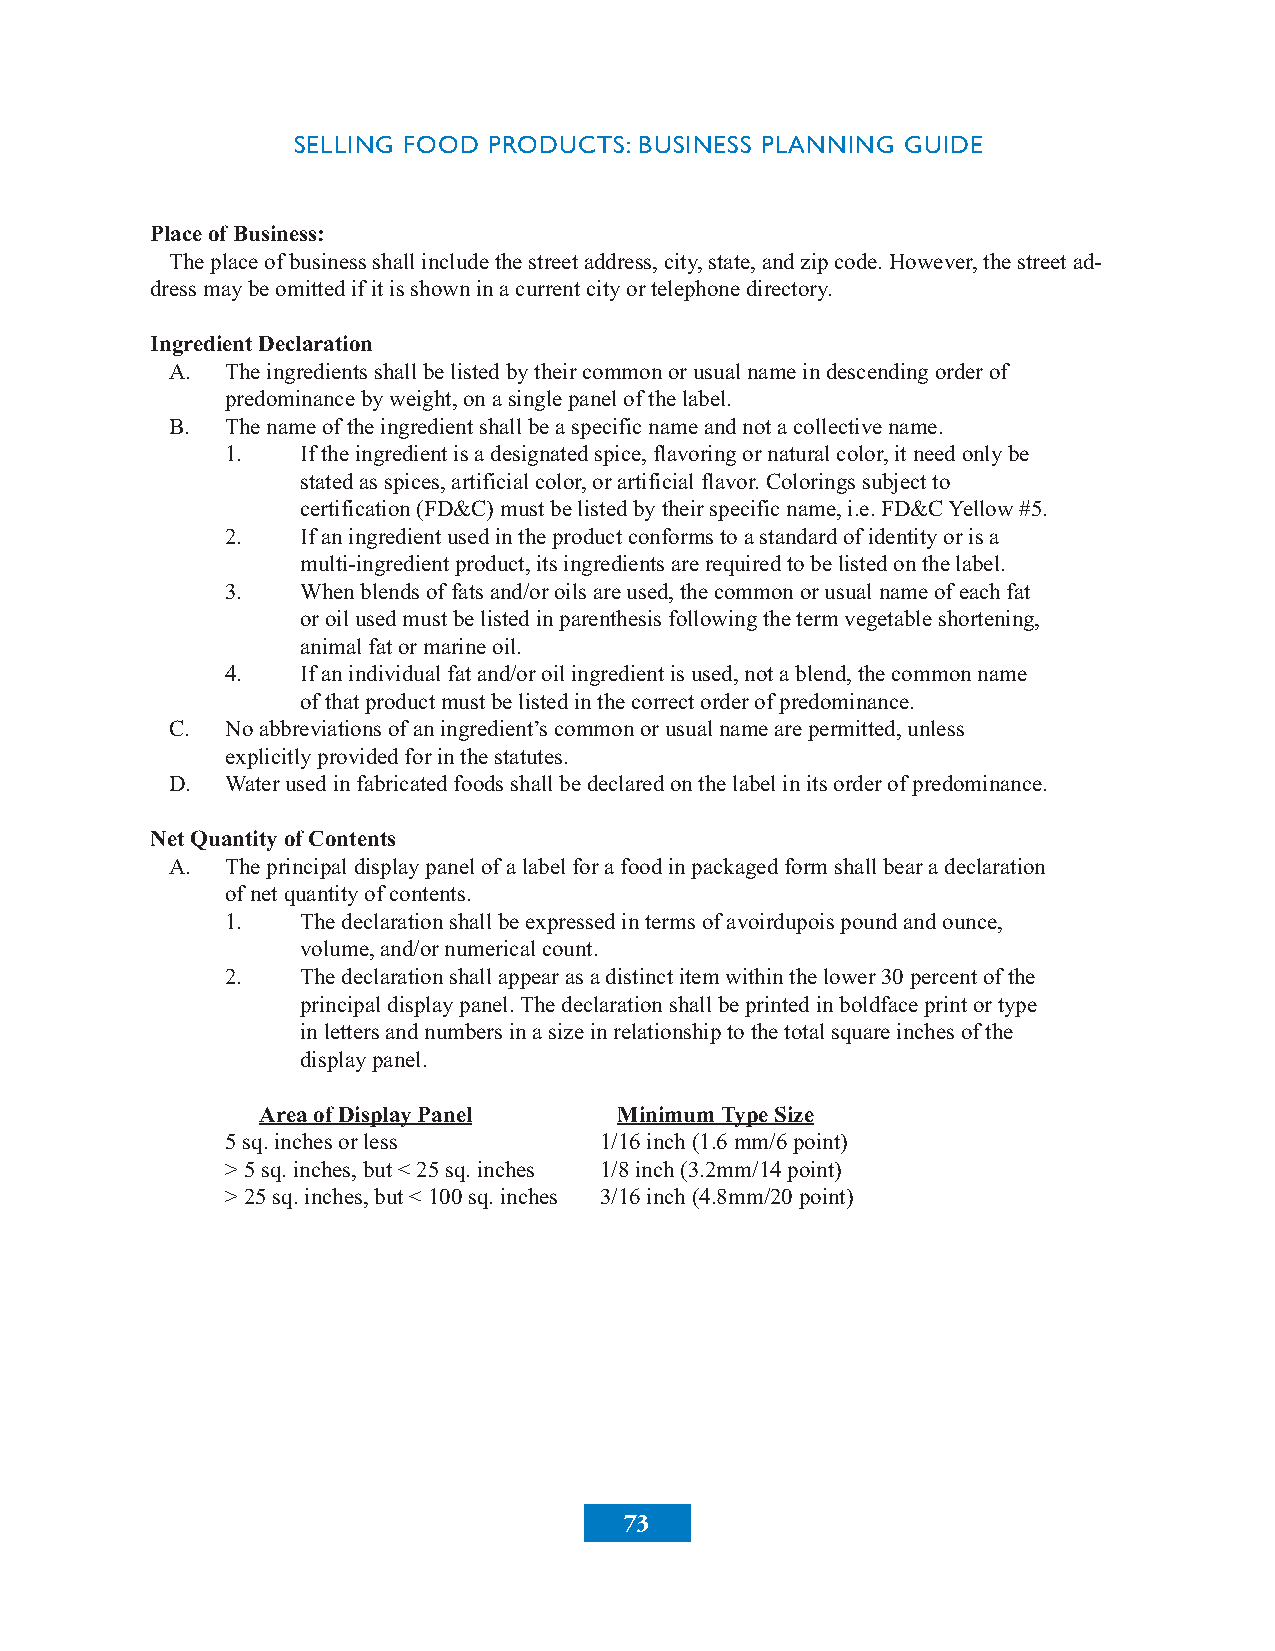
SELLING FOOD PRODUCTS: BUSINESS PLANNING GUIDE
 PlaceofBusiness:
 Theplaceofbusinessshallincludethestreetaddress,city,state,andzipcode.However,thestreetad-
 dressmaybeomittedifitisshowninacurrentcityortelephonedirectory.
 IngredientDeclaration
 A.  Theingredientsshallbelistedbytheircommonorusualnameindescendingorderof
 predominancebyweight,onasinglepanelofthelabel.
 B.  Thenameoftheingredientshallbeaspecificnameandnotacollectivename.
 1.   Iftheingredientisadesignatedspice,flavoringornaturalcolor,itneedonlybe
 statedasspices,artificialcolor,orartificialflavor.Coloringssubjectto
 certification(FD&C)mustbelistedbytheirspecificname,i.e.FD&CYellow#5.
 2.   Ifaningredientusedintheproductconformstoastandardofidentityorisa
 multi-ingredientproduct,itsingredientsarerequiredtobelistedonthelabel.
 3.   Whenblendsoffatsand/oroilsareused,thecommonorusualnameofeachfat
 oroilusedmustbelistedinparenthesisfollowingthetermvegetableshortening,
 animalfatormarineoil.
 4.   Ifanindividualfatand/oroilingredientisused,notablend,thecommonname
 ofthatproductmustbelistedinthecorrectorderofpredominance.
 C.  Noabbreviationsofaningredient’scommonorusualnamearepermitted,unless
 explicitlyprovidedforinthestatutes.
 D.  Waterusedinfabricatedfoodsshallbedeclaredonthelabelinitsorderofpredominance.
 NetQuantityofContents
 A.  Theprincipaldisplaypanelofalabelforafoodinpackagedformshallbearadeclaration
 ofnetquantityofcontents.
 1.   Thedeclarationshallbeexpressedintermsofavoirdupoispoundandounce,
 volume,and/ornumericalcount.
 2.   Thedeclarationshallappearasadistinctitemwithinthelower30percentofthe
 principaldisplaypanel.Thedeclarationshallbeprintedinboldfaceprintortype
 inlettersandnumbersinasizeinrelationshiptothetotalsquareinchesofthe
 displaypanel.
 AreaofDisplayPanel      MinimumTypeSize
 5sq.inchesorless         1/16inch(1.6mm/6point)
 >5sq.inches,but<25sq.inches 1/8inch(3.2mm/14point)
 >25sq.inches,but<100sq.inches 3/16inch(4.8mm/20point)
 73